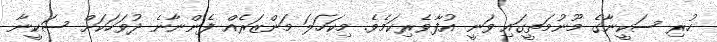
ހުރި ސަކީނާގެ މޫނުމަތީގައި ވަނީ އުފާވެރިކަމެވެ. މިކަހަލަ މަންޒަރެއް ފެންނާނެ ދުވަހަކަށް ސަކީނާ